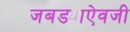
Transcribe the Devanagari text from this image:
जबड्याऐवजी